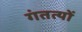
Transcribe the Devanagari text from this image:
गंतत्‍यों